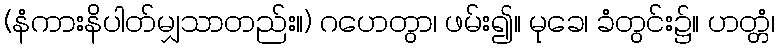
(နံကားနိပါတ်မျှသာတည်း။) ဂဟေတွာ၊ ဖမ်း၍။ မုခေ၊ ခံတွင်း၌။ ဟတ္တံ၊